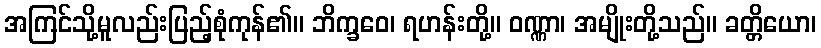
အကြင်သို့မူလည်းပြည့်စုံကုန်၏။ ဘိက္ခဝေ၊ ရဟန်းတို့။ ဝဏ္ဏာ၊ အမျိုးတို့သည်။ ခတ္တိယော၊